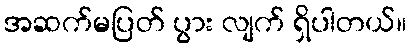
အဆက်မပြတ် ပွား လျက် ရှိပါတယ်။